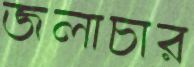
জলাচার